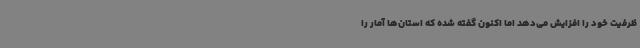
ظرفیت خود را افزایش می‌دهد اما اکنون گفته شده که استان‌ها آمار را